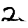
Digit: 2